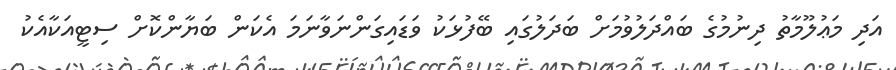
އަދި މަޢުލޫމާތު ދިނުމުގެ ބައްދަލުވުމަށް ބަދަލުގައި ބޭފުޅަކު ވަޑައިގަންނަވާނަމަ އެކަން ބަޔާންކޮށް ސިޓީއަކާއެކު